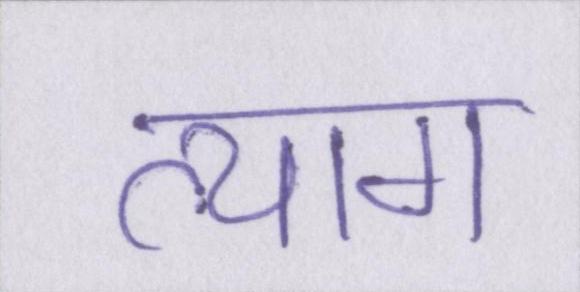
त्याग